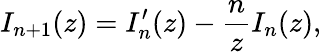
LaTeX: I_{n+1}(z)=I_{n}^{\prime}(z)-{\frac{n}{z}}I_{n}(z),